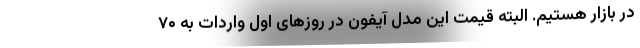
در بازار هستیم. البته قیمت این مدل آیفون در روزهای اول واردات به ۷۰